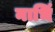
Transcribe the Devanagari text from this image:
नाभिं